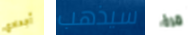
أجدادي سيذهب مرة